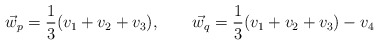
\begin{align*}\vec{w}_{p}= \frac{1}{3}(v_{1}+v_{2}+v_{3}) , \qquad \vec{w}_{q}=\frac{1}{3}(v_{1}+v_{2}+v_{3})-v_{4}\end{align*}